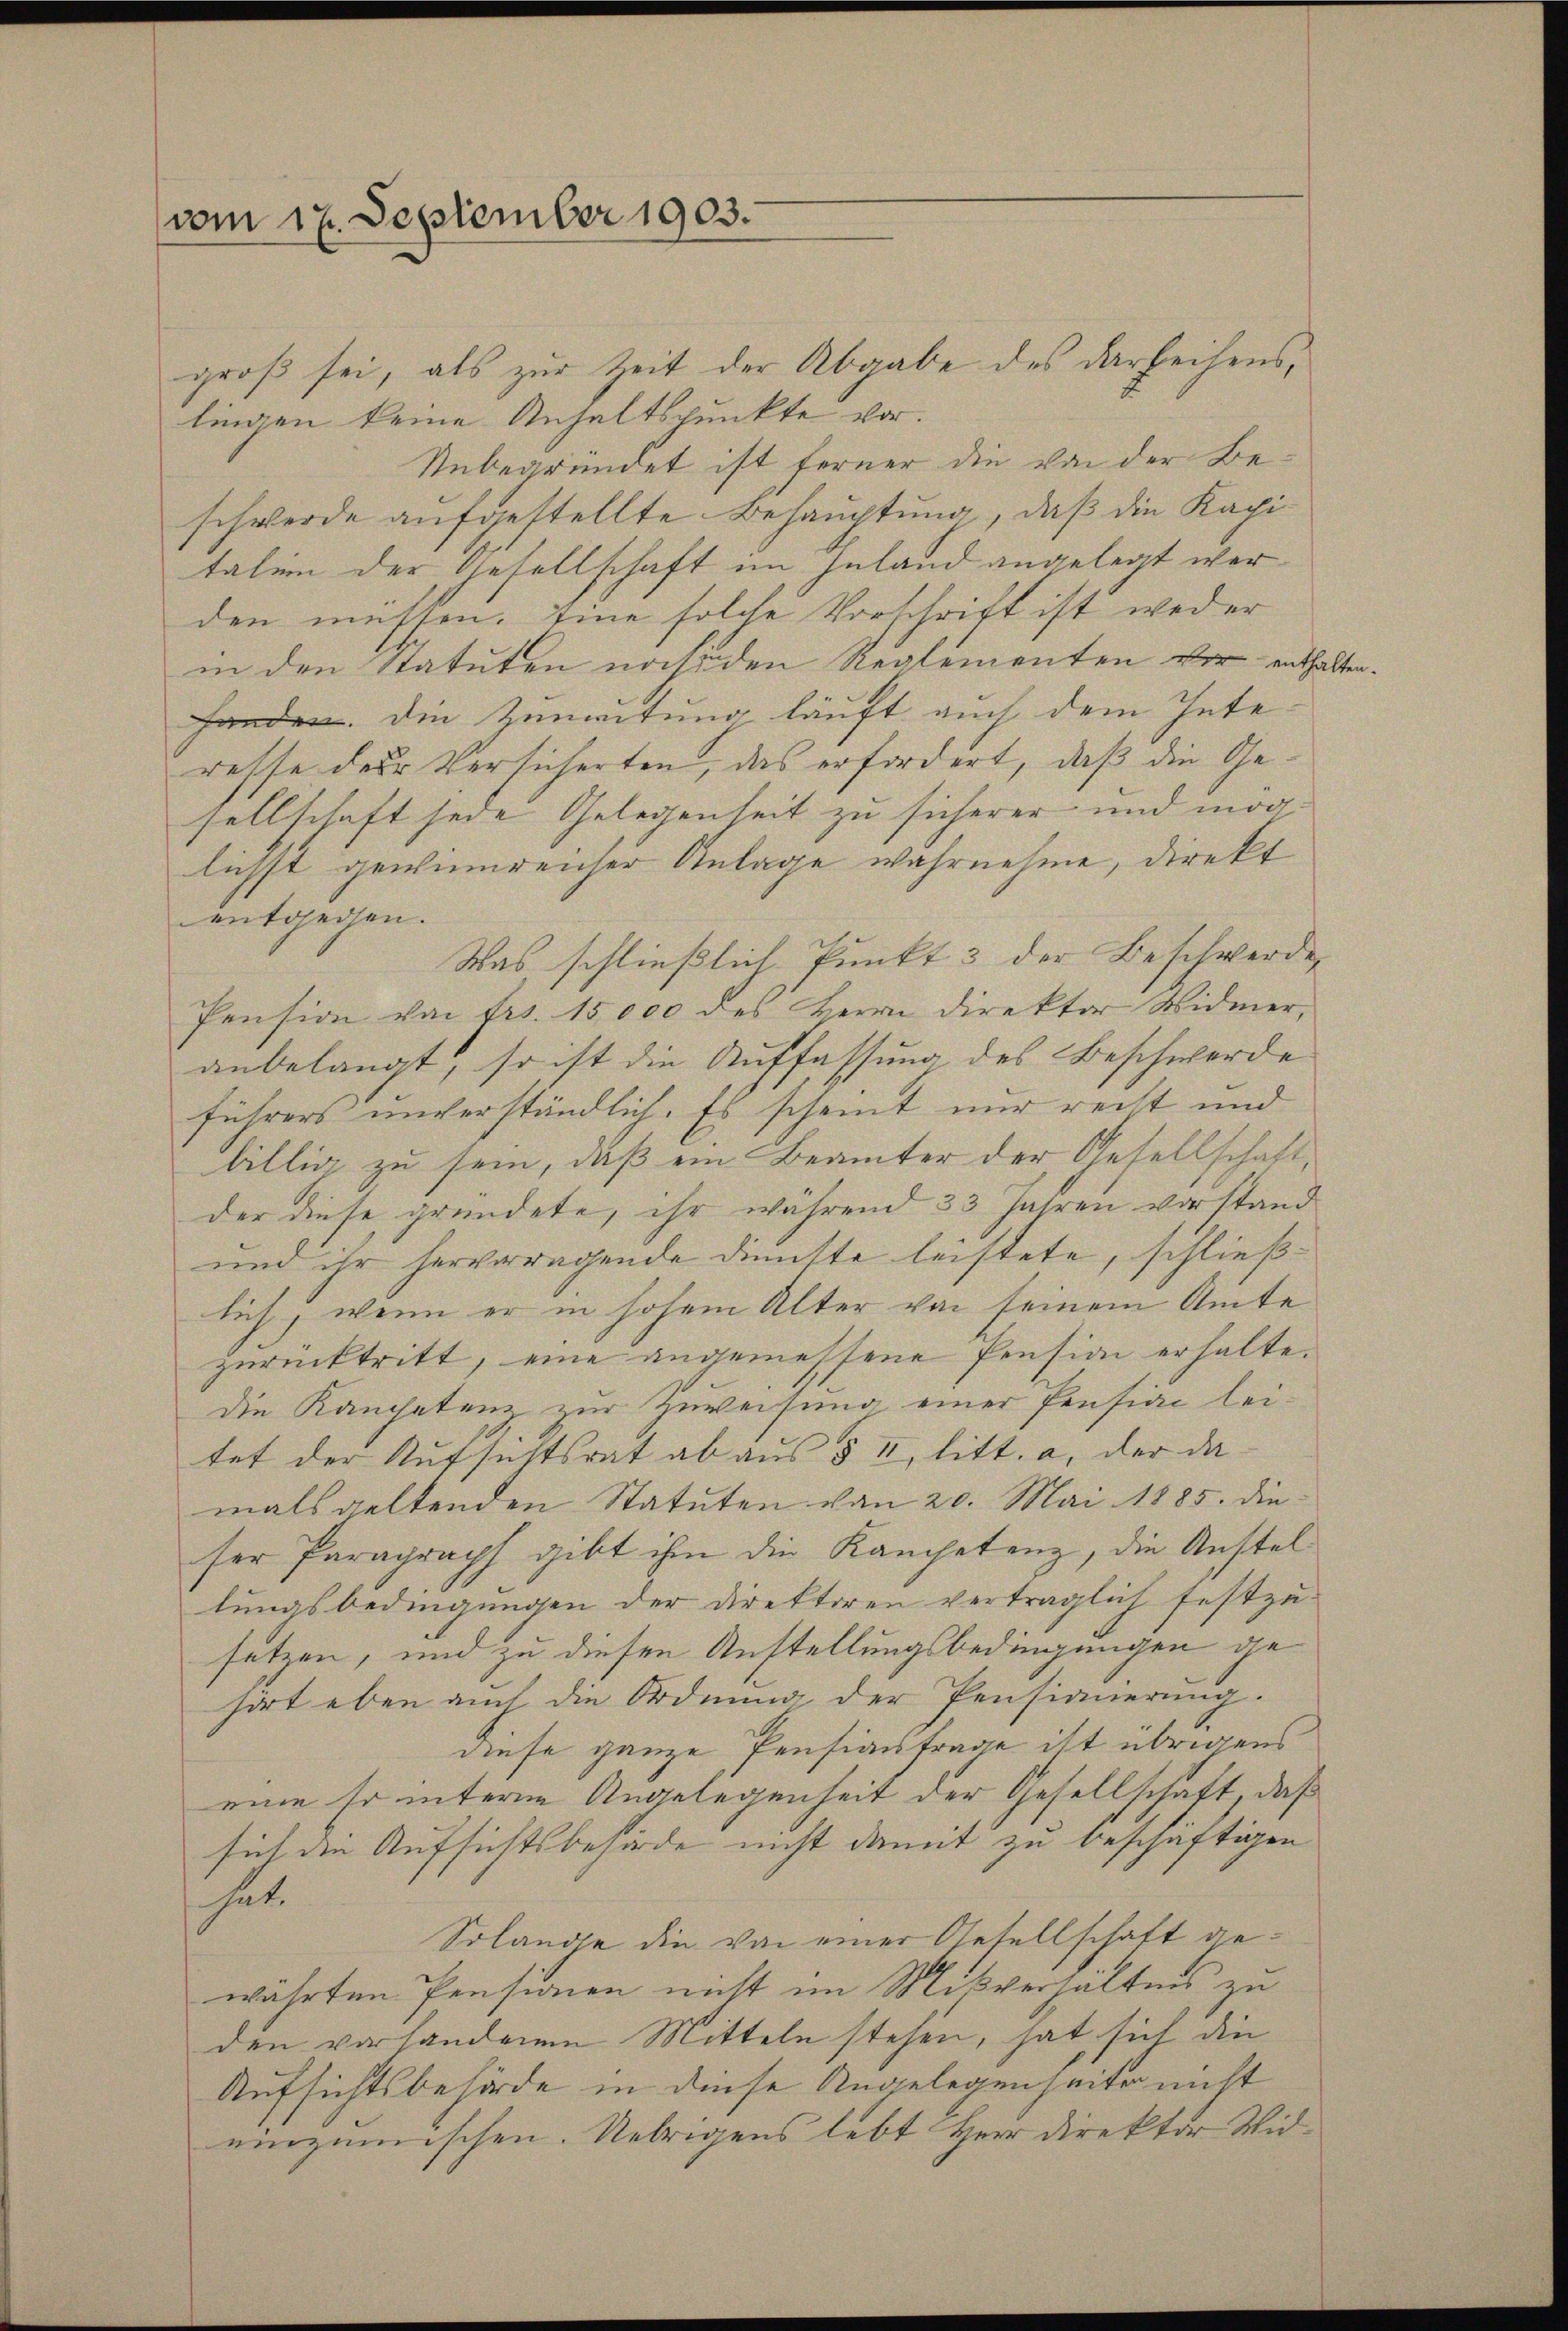
vom 17. September 1903.

groß sei, als zur Zeit der Abgabe des darbeihens,
lingen keine Anhaltspunkte vor.
Unbegründet ist ferner die von der Beschwerde aufgestellte Behauptung, daß die Kapitalien der Gesellschaft im Inland angelegt werden müsten. Eine solche Vorschrift ist weder
in den Statuten nach den Reglementen vor entz
handen. Die Zumitung läuft auch dem Gute
resse der Versicherten, das erfordert, daß die Gesellschaft jede Gelegenheit zu sicherer und möglichst gewinnenser Anlage wahrnehme, direkt
entgegen.
Was schließlich Punkt 3 der Beschwerde,
Pension von Frs. 15000 des Herrn Direktor Widmer,
anbelangt, so ist die Auffassung des Beschwerde
führers unverständlich. Es scheint nur recht und
billig zu sein, daß ein Beamter der Gesellschaft,
der diese gründete, ihr während 33 Jahren vorstand
und ihr hervorragende Dienste leistete, schließ
lich, wenn er in hohem Alter von seinem Amte
zurücktritt, eine angemessene Pension erhalte.
die Kanchetenz zur Zuweisung einer Pensiac leitet der Aufsichtsrat ab aus § II, litt. a. der damals geltenden Statuten von 20. Mai 1885. die
ser Paragraph gibt ihm die Kampetenz, die Anstel
lungsbedingungen der Direktoren vertraglich festzu-
setzen, und zu diesen Anstellungsbedingungen gehort eben auch die Ordnung der Pensinnerung.
diese ganze Pensianfrage ist übrigens
eine so untere Angelegenheit der Gesellschaft, daß
sich die Aufsichtsbehörde nicht damit zu beschäftigen
hat.
Solange die von einer Gesellschaft gewährten Pensionen nicht im Mißverhältnis zu
den vorhandenen Mitteln stehen, hat sich die
Aufsichtsbehörde in diese Angelegenseite nicht
einzumischen. Uebrigens lebt Herr Direktor Wid¬

lten.